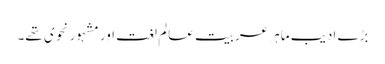
بڑے ادیب ماہر عربیت عالم لغت اور مشہور نحوی تھے۔